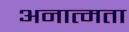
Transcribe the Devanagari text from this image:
अनात्मता